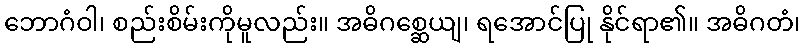
ဘောဂံဝါ၊ စည်းစိမ်းကိုမူလည်း။ အဓိဂစ္ဆေယျ၊ ရအောင်ပြု နိုင်ရာ၏။ အဓိဂတံ၊